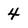
Character: 4